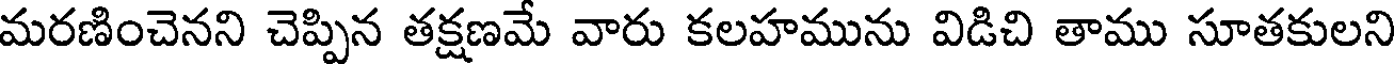
మరణించెనని చెప్పిన తక్షణమే వారు కలహమును విడిచి తాము సూతకులని